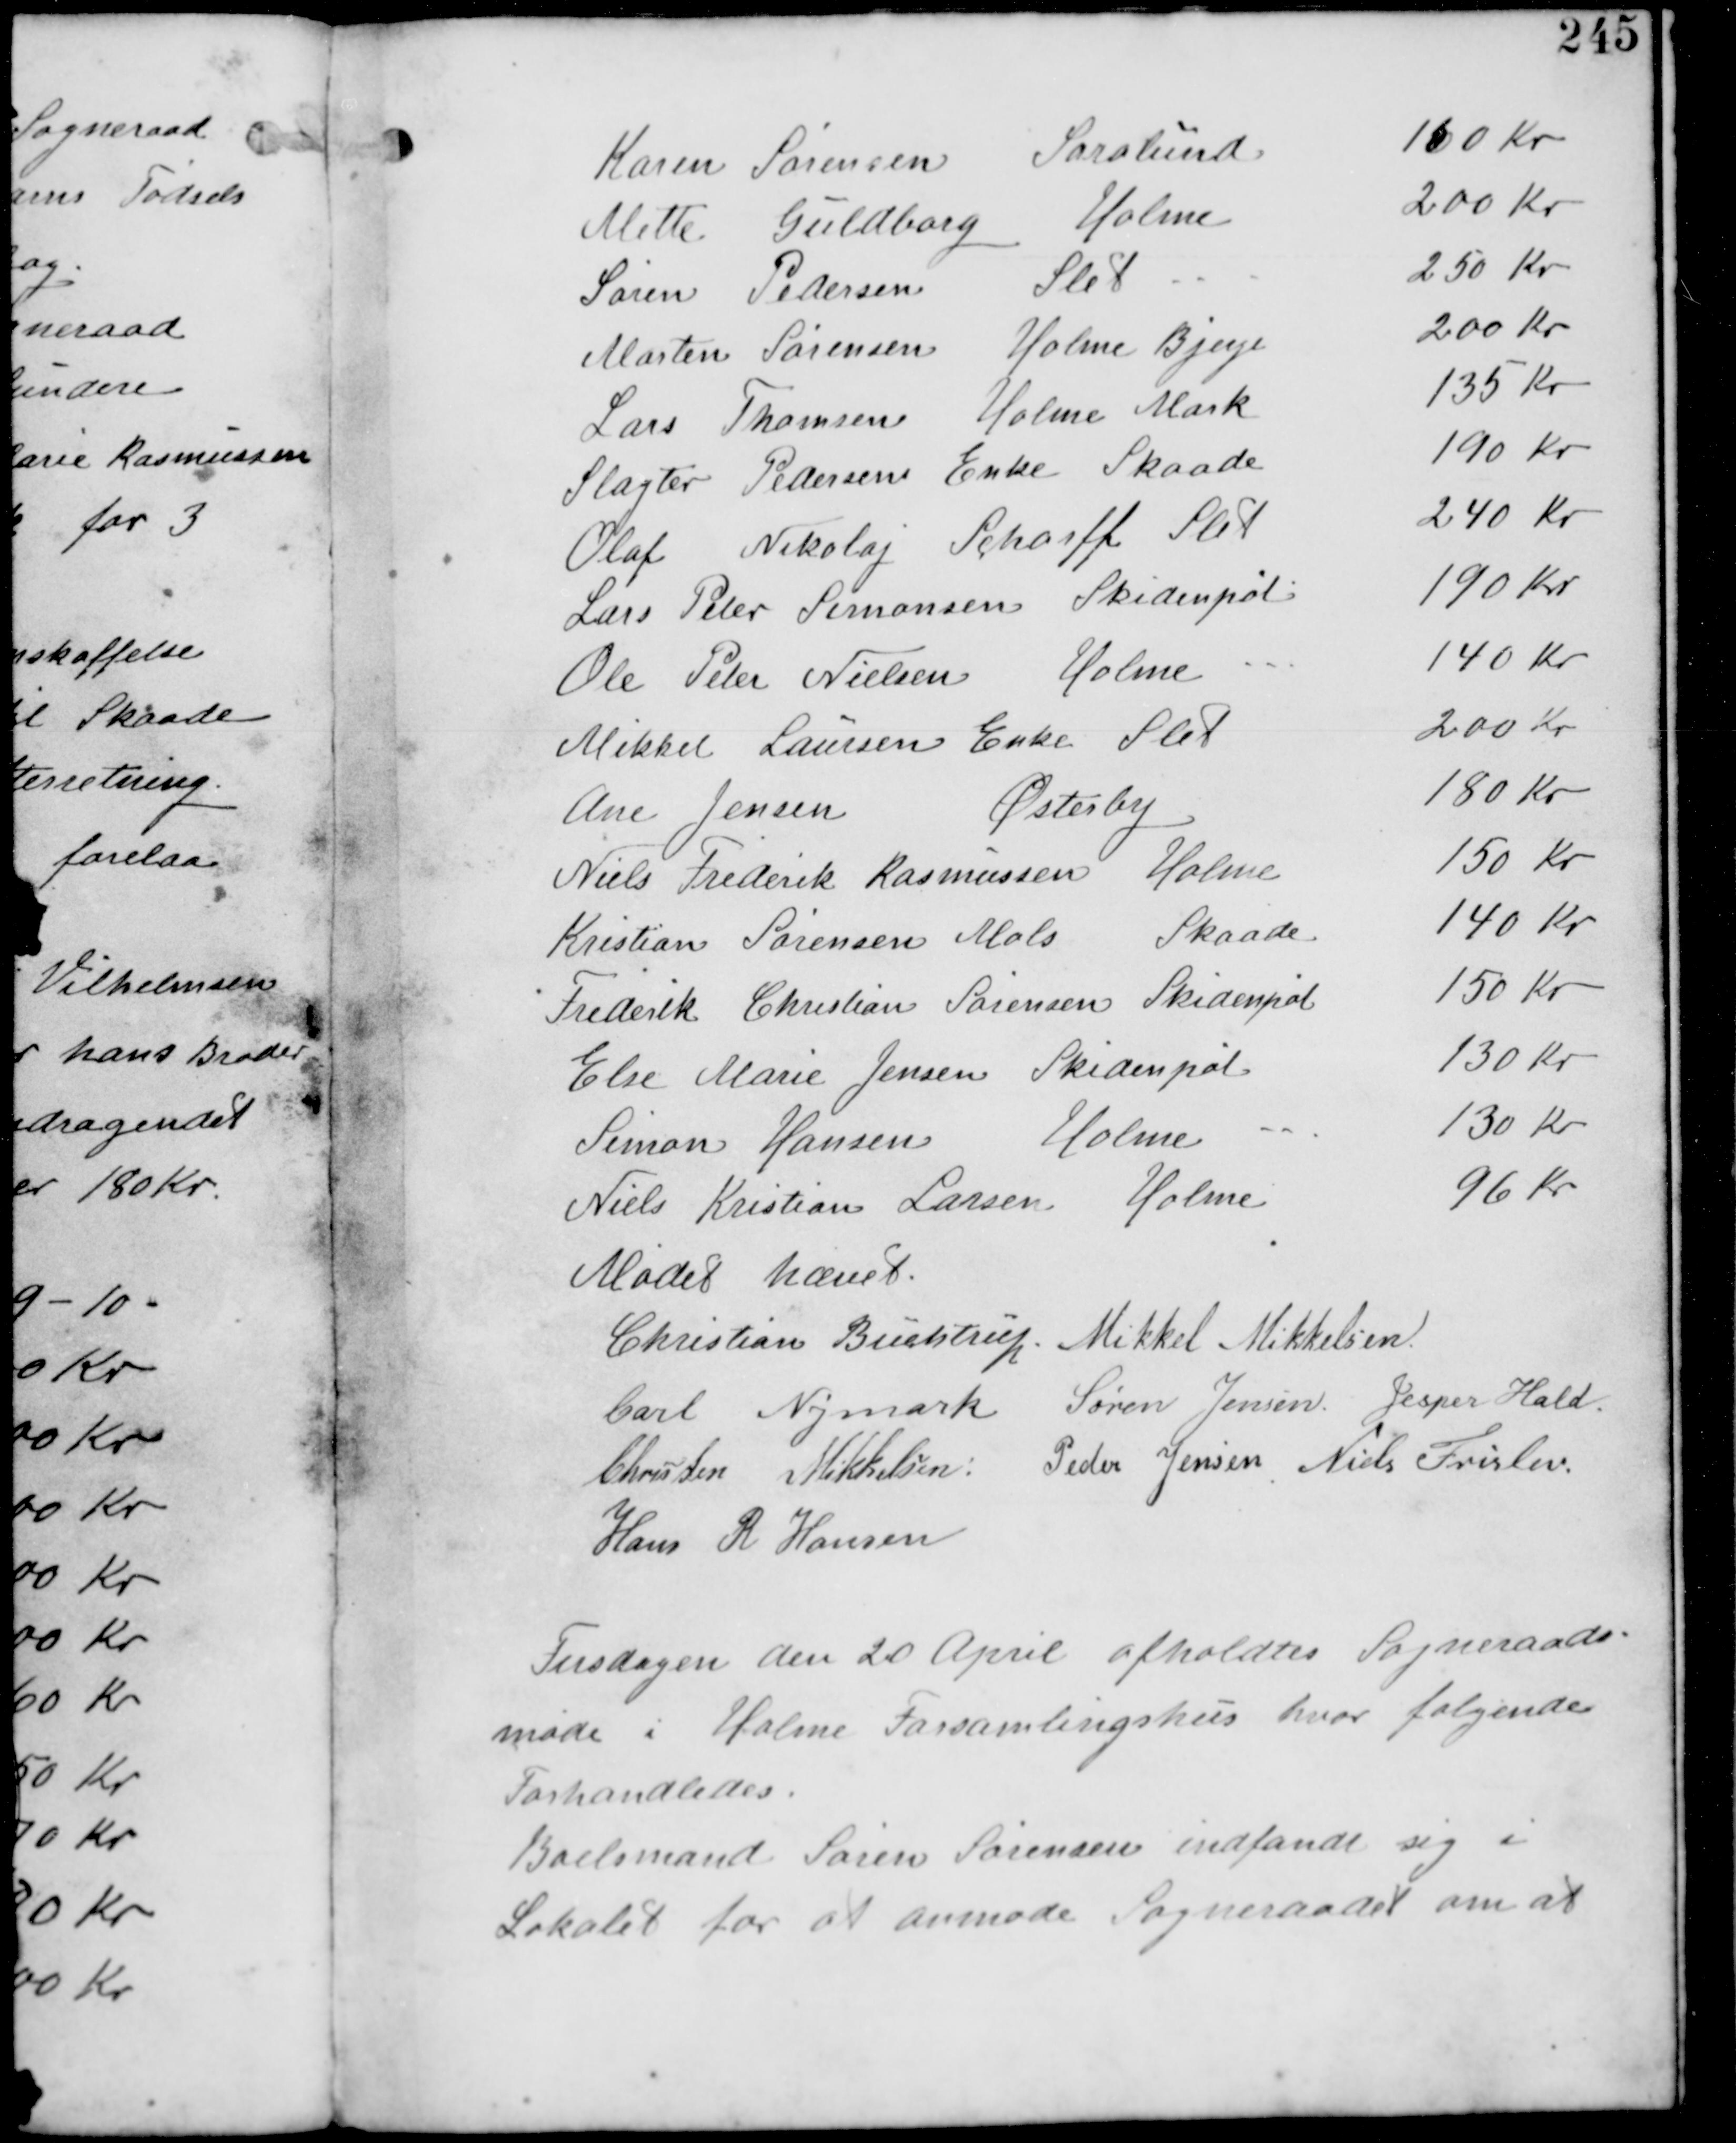
Transskription:
Karen Sørensen Saralund 160 Kr
Mette Guldborg Holme 200 Kr
Søren Pedersen Slet 250 Kr
Martin Sørensen Holme Bjerge 200 Kr
Lars Thomsen Holme Mark 135 Kr
Slagter Pedersens Enke Skaade 190 Kr
Olaf Nikolaj Scharff Slet 240 Kr
Lars Peter Simonsen Skidenpøl 190 Kr
Ole Peter Nielsen Holme 140 Kr
Mikkel Laursens Enke Slet 200 Kr
Ane Jensen Østerby 180 Kr
Niels Frederik Rasmussen Holme 150 Kr
Kristian Sørensen Mols Skaade 140 Kr
Frederik Christian Sørensen Skidenpøl 150 Kr
Else Marie Jensen Skidenpøl 130 Kr
Simon Hansen Holme 130 Kr
Niels Kristian Larsen Holme 96 Kr

Mødet hævet
Christian Buchstrup. Mikkel Mikkelsen
Carl Nymark Søren Jensen Jesper Hald
Christian Mikkelsen Peder Jensen. Niels Frislev
Hans R Hansen

Tirsdagen den 20 April afholdtes Sogneraads
møde i Holme Forsamlingshus hvor følgende
Forhandledes

Boelsmand Søren Sørensen indfandt sig i
Lokalet for at anmode Sogneraadet om at